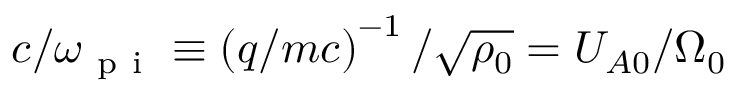
c / \omega _ { \mathrm { ~ p ~ i ~ } } \equiv \left( q / m c \right) ^ { - 1 } / \sqrt { \rho _ { 0 } } = U _ { A 0 } / \Omega _ { 0 }